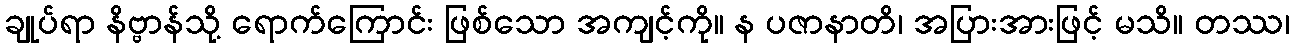
ချုပ်ရာ နိဗ္ဗာန်သို့ ရောက်ကြောင်း ဖြစ်သော အကျင့်ကို။ န ပဇာနာတိ၊ အပြားအားဖြင့် မသိ။ တဿ၊